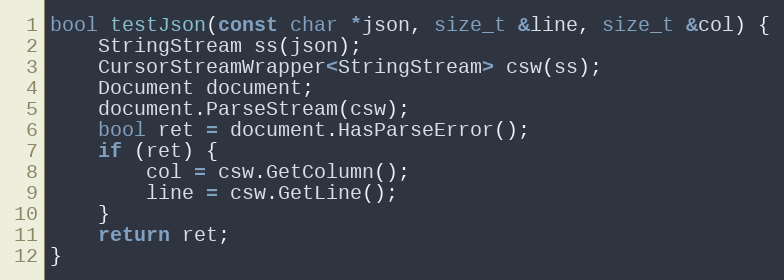
Language: C++
bool testJson(const char *json, size_t &line, size_t &col) {
    StringStream ss(json);
    CursorStreamWrapper<StringStream> csw(ss);
    Document document;
    document.ParseStream(csw);
    bool ret = document.HasParseError();
    if (ret) {
        col = csw.GetColumn();
        line = csw.GetLine();
    }
    return ret;
}